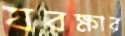
যবক্ষার